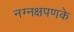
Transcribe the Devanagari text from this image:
नग्नक्षपणके